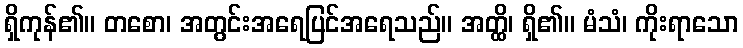
ရှိကုန်၏။ တစော၊ အတွင်းအရေပြင်အရေသည်။ အတ္ထိ၊ ရှိ၏။ မံသံ၊ ကိုးရာသော